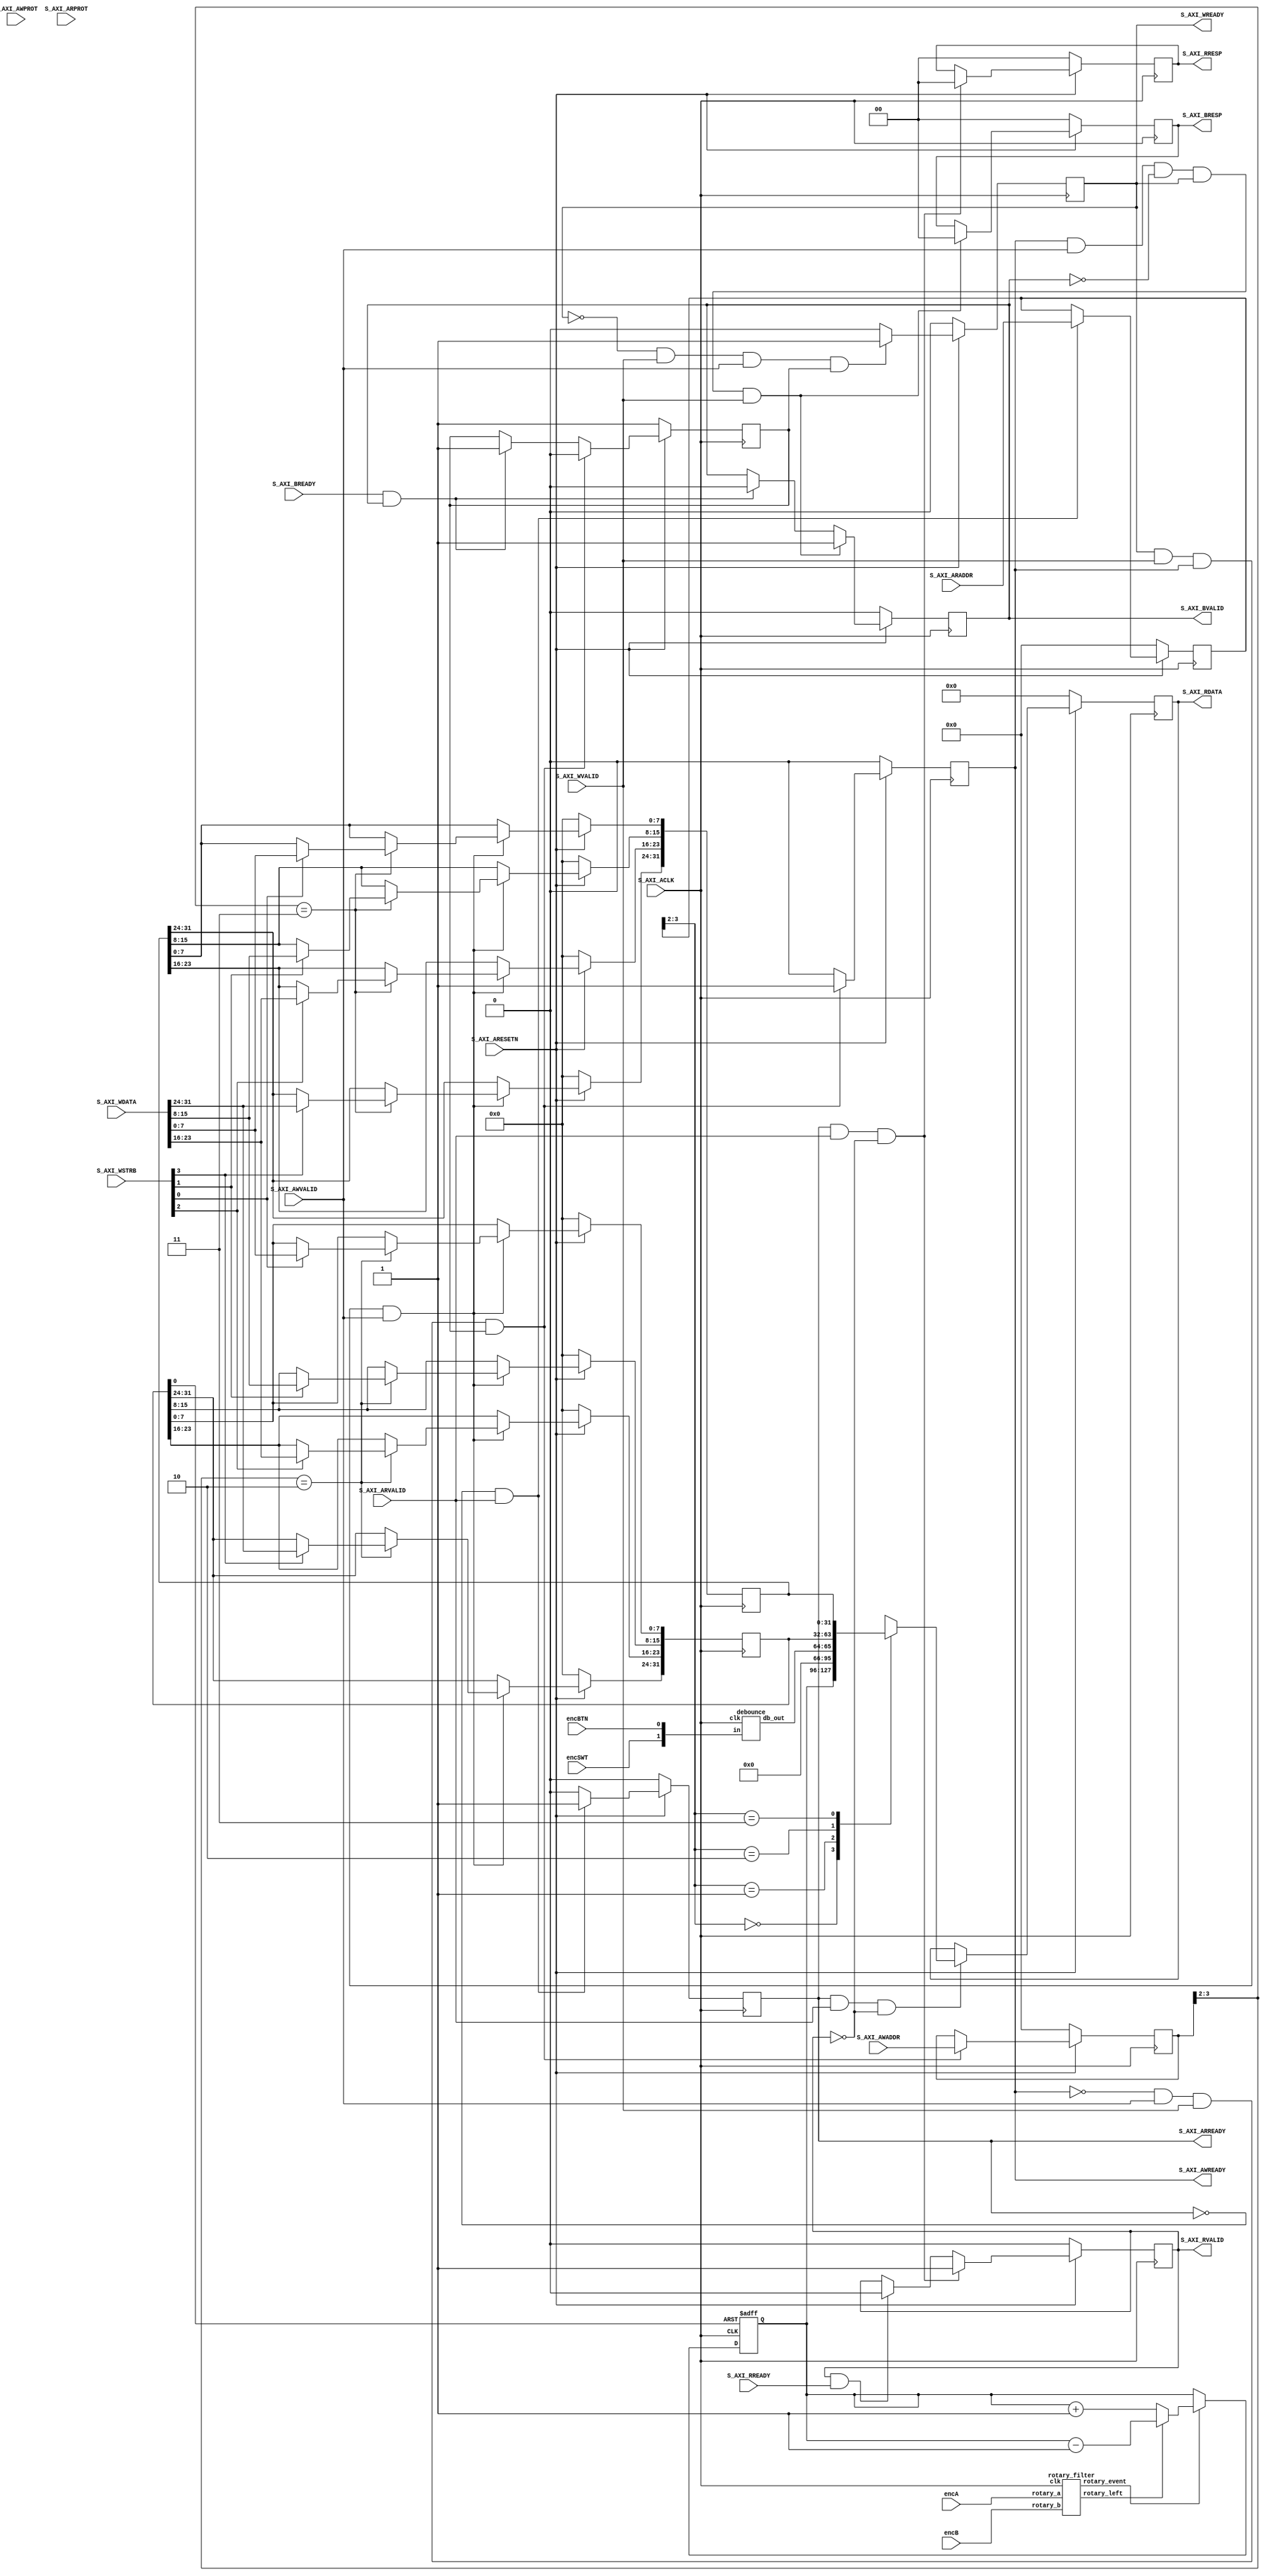

`timescale 1 ns / 1 ps

	module PmodENC544_v1_0_S00_AXI #
	(
		// Users to add parameters here

		// User parameters ends
		// Do not modify the parameters beyond this line

		// Width of S_AXI data bus
		parameter integer C_S_AXI_DATA_WIDTH	= 32,
		// Width of S_AXI address bus
		parameter integer C_S_AXI_ADDR_WIDTH	= 4
	)
	(
		// Users to add ports here
        input wire encA,     // A and B quadrature inputs from PmodENC
        input wire encB,
        input wire encBTN,   // pushbutton input from PmodENC
        input wire encSWT,   // slide switch input from PmodENC
		// User ports ends
		// Do not modify the ports beyond this line

		// Global Clock Signal
		input wire  S_AXI_ACLK,
		// Global Reset Signal. This Signal is Active LOW
		input wire  S_AXI_ARESETN,
		// Write address (issued by master, acceped by Slave)
		input wire [C_S_AXI_ADDR_WIDTH-1 : 0] S_AXI_AWADDR,
		// Write channel Protection type. This signal indicates the
    		// privilege and security level of the transaction, and whether
    		// the transaction is a data access or an instruction access.
		input wire [2 : 0] S_AXI_AWPROT,
		// Write address valid. This signal indicates that the master signaling
    		// valid write address and control information.
		input wire  S_AXI_AWVALID,
		// Write address ready. This signal indicates that the slave is ready
    		// to accept an address and associated control signals.
		output wire  S_AXI_AWREADY,
		// Write data (issued by master, acceped by Slave) 
		input wire [C_S_AXI_DATA_WIDTH-1 : 0] S_AXI_WDATA,
		// Write strobes. This signal indicates which byte lanes hold
    		// valid data. There is one write strobe bit for each eight
    		// bits of the write data bus.    
		input wire [(C_S_AXI_DATA_WIDTH/8)-1 : 0] S_AXI_WSTRB,
		// Write valid. This signal indicates that valid write
    		// data and strobes are available.
		input wire  S_AXI_WVALID,
		// Write ready. This signal indicates that the slave
    		// can accept the write data.
		output wire  S_AXI_WREADY,
		// Write response. This signal indicates the status
    		// of the write transaction.
		output wire [1 : 0] S_AXI_BRESP,
		// Write response valid. This signal indicates that the channel
    		// is signaling a valid write response.
		output wire  S_AXI_BVALID,
		// Response ready. This signal indicates that the master
    		// can accept a write response.
		input wire  S_AXI_BREADY,
		// Read address (issued by master, acceped by Slave)
		input wire [C_S_AXI_ADDR_WIDTH-1 : 0] S_AXI_ARADDR,
		// Protection type. This signal indicates the privilege
    		// and security level of the transaction, and whether the
    		// transaction is a data access or an instruction access.
		input wire [2 : 0] S_AXI_ARPROT,
		// Read address valid. This signal indicates that the channel
    		// is signaling valid read address and control information.
		input wire  S_AXI_ARVALID,
		// Read address ready. This signal indicates that the slave is
    		// ready to accept an address and associated control signals.
		output wire  S_AXI_ARREADY,
		// Read data (issued by slave)
		output wire [C_S_AXI_DATA_WIDTH-1 : 0] S_AXI_RDATA,
		// Read response. This signal indicates the status of the
    		// read transfer.
		output wire [1 : 0] S_AXI_RRESP,
		// Read valid. This signal indicates that the channel is
    		// signaling the required read data.
		output wire  S_AXI_RVALID,
		// Read ready. This signal indicates that the master can
    		// accept the read data and response information.
		input wire  S_AXI_RREADY
	);

	// AXI4LITE signals
	reg [C_S_AXI_ADDR_WIDTH-1 : 0] 	axi_awaddr;
	reg  	axi_awready;
	reg  	axi_wready;
	reg [1 : 0] 	axi_bresp;
	reg  	axi_bvalid;
	reg [C_S_AXI_ADDR_WIDTH-1 : 0] 	axi_araddr;
	reg  	axi_arready;
	reg [C_S_AXI_DATA_WIDTH-1 : 0] 	axi_rdata;
	reg [1 : 0] 	axi_rresp;
	reg  	axi_rvalid;

	// Example-specific design signals
	// local parameter for addressing 32 bit / 64 bit C_S_AXI_DATA_WIDTH
	// ADDR_LSB is used for addressing 32/64 bit registers/memories
	// ADDR_LSB = 2 for 32 bits (n downto 2)
	// ADDR_LSB = 3 for 64 bits (n downto 3)
	localparam integer ADDR_LSB = (C_S_AXI_DATA_WIDTH/32) + 1;
	localparam integer OPT_MEM_ADDR_BITS = 1;
	//----------------------------------------------
	//-- Signals for user logic register space example
	//------------------------------------------------
	//-- Number of Slave Registers 4
	reg [C_S_AXI_DATA_WIDTH-1:0]	slv_reg0;     // rotary count - read-only
	reg [C_S_AXI_DATA_WIDTH-1:0]	slv_reg1;     // button [bit[0]) and slide switch (bit[1])
	reg [C_S_AXI_DATA_WIDTH-1:0]	slv_reg2;     // clear rotary count.  Set bit[0] to clear.  must set back to 0 after reset.
	reg [C_S_AXI_DATA_WIDTH-1:0]	slv_reg3;     // *RESERVED* (spare)
	
	wire	 slv_reg_rden;
	wire	 slv_reg_wren;
	reg [C_S_AXI_DATA_WIDTH-1:0]	 reg_data_out;
	integer	 byte_index;
	reg	 aw_en;

	// I/O Connections assignments

	assign S_AXI_AWREADY	= axi_awready;
	assign S_AXI_WREADY	= axi_wready;
	assign S_AXI_BRESP	= axi_bresp;
	assign S_AXI_BVALID	= axi_bvalid;
	assign S_AXI_ARREADY	= axi_arready;
	assign S_AXI_RDATA	= axi_rdata;
	assign S_AXI_RRESP	= axi_rresp;
	assign S_AXI_RVALID	= axi_rvalid;
	// Implement axi_awready generation
	// axi_awready is asserted for one S_AXI_ACLK clock cycle when both
	// S_AXI_AWVALID and S_AXI_WVALID are asserted. axi_awready is
	// de-asserted when reset is low.

	always @( posedge S_AXI_ACLK )
	begin
	  if ( S_AXI_ARESETN == 1'b0 )
	    begin
	      axi_awready <= 1'b0;
	      aw_en <= 1'b1;
	    end 
	  else
	    begin    
	      if (~axi_awready && S_AXI_AWVALID && S_AXI_WVALID && aw_en)
	        begin
	          // slave is ready to accept write address when 
	          // there is a valid write address and write data
	          // on the write address and data bus. This design 
	          // expects no outstanding transactions. 
	          axi_awready <= 1'b1;
	          aw_en <= 1'b0;
	        end
	        else if (S_AXI_BREADY && axi_bvalid)
	            begin
	              aw_en <= 1'b1;
	              axi_awready <= 1'b0;
	            end
	      else           
	        begin
	          axi_awready <= 1'b0;
	        end
	    end 
	end       

	// Implement axi_awaddr latching
	// This process is used to latch the address when both 
	// S_AXI_AWVALID and S_AXI_WVALID are valid. 

	always @( posedge S_AXI_ACLK )
	begin
	  if ( S_AXI_ARESETN == 1'b0 )
	    begin
	      axi_awaddr <= 0;
	    end 
	  else
	    begin    
	      if (~axi_awready && S_AXI_AWVALID && S_AXI_WVALID && aw_en)
	        begin
	          // Write Address latching 
	          axi_awaddr <= S_AXI_AWADDR;
	        end
	    end 
	end       

	// Implement axi_wready generation
	// axi_wready is asserted for one S_AXI_ACLK clock cycle when both
	// S_AXI_AWVALID and S_AXI_WVALID are asserted. axi_wready is 
	// de-asserted when reset is low. 

	always @( posedge S_AXI_ACLK )
	begin
	  if ( S_AXI_ARESETN == 1'b0 )
	    begin
	      axi_wready <= 1'b0;
	    end 
	  else
	    begin    
	      if (~axi_wready && S_AXI_WVALID && S_AXI_AWVALID && aw_en )
	        begin
	          // slave is ready to accept write data when 
	          // there is a valid write address and write data
	          // on the write address and data bus. This design 
	          // expects no outstanding transactions. 
	          axi_wready <= 1'b1;
	        end
	      else
	        begin
	          axi_wready <= 1'b0;
	        end
	    end 
	end       

	// Implement memory mapped register select and write logic generation
	// The write data is accepted and written to memory mapped registers when
	// axi_awready, S_AXI_WVALID, axi_wready and S_AXI_WVALID are asserted. Write strobes are used to
	// select byte enables of slave registers while writing.
	// These registers are cleared when reset (active low) is applied.
	// Slave register write enable is asserted when valid address and data are available
	// and the slave is ready to accept the write address and write data.
	assign slv_reg_wren = axi_wready && S_AXI_WVALID && axi_awready && S_AXI_AWVALID;

	always @( posedge S_AXI_ACLK )
	begin
	  if ( S_AXI_ARESETN == 1'b0 )
	    begin
	      /* slv_reg0 and slv_reg1 are read-only
	      slv_reg0 <= 0;
	      slv_reg1 <= 0;
	      */
	      
	      slv_reg2 <= 0;
	      slv_reg3 <= 0;
	    end 
	  else begin
	    if (slv_reg_wren)
	      begin
	        case ( axi_awaddr[ADDR_LSB+OPT_MEM_ADDR_BITS:ADDR_LSB] )
	          /* slv_reg0 and slv_reg1 are read-only
	          2'h0:
	            for ( byte_index = 0; byte_index <= (C_S_AXI_DATA_WIDTH/8)-1; byte_index = byte_index+1 )
	              if ( S_AXI_WSTRB[byte_index] == 1 ) begin
	                // Respective byte enables are asserted as per write strobes 
	                // Slave register 0
	                slv_reg0[(byte_index*8) +: 8] <= S_AXI_WDATA[(byte_index*8) +: 8];
	              end  
	          2'h1:
	            for ( byte_index = 0; byte_index <= (C_S_AXI_DATA_WIDTH/8)-1; byte_index = byte_index+1 )
	              if ( S_AXI_WSTRB[byte_index] == 1 ) begin
	                // Respective byte enables are asserted as per write strobes 
	                // Slave register 1
	                slv_reg1[(byte_index*8) +: 8] <= S_AXI_WDATA[(byte_index*8) +: 8];
	              end  
	           */
	           
	          2'h2:
	            for ( byte_index = 0; byte_index <= (C_S_AXI_DATA_WIDTH/8)-1; byte_index = byte_index+1 )
	              if ( S_AXI_WSTRB[byte_index] == 1 ) begin
	                // Respective byte enables are asserted as per write strobes 
	                // Slave register 2
	                slv_reg2[(byte_index*8) +: 8] <= S_AXI_WDATA[(byte_index*8) +: 8];
	              end  
	          2'h3:
	            for ( byte_index = 0; byte_index <= (C_S_AXI_DATA_WIDTH/8)-1; byte_index = byte_index+1 )
	              if ( S_AXI_WSTRB[byte_index] == 1 ) begin
	                // Respective byte enables are asserted as per write strobes 
	                // Slave register 3
	                slv_reg3[(byte_index*8) +: 8] <= S_AXI_WDATA[(byte_index*8) +: 8];
	              end  
	          default : begin
	                      /* slv_reg0 and slv_reg1 are read-only
	                      slv_reg0 <= slv_reg0;
	                      slv_reg1 <= slv_reg1;
	                      */
	                      
	                      slv_reg2 <= slv_reg2;
	                      slv_reg3 <= slv_reg3;
	                    end
	        endcase
	      end
	  end
	end    

	// Implement write response logic generation
	// The write response and response valid signals are asserted by the slave 
	// when axi_wready, S_AXI_WVALID, axi_wready and S_AXI_WVALID are asserted.  
	// This marks the acceptance of address and indicates the status of 
	// write transaction.

	always @( posedge S_AXI_ACLK )
	begin
	  if ( S_AXI_ARESETN == 1'b0 )
	    begin
	      axi_bvalid  <= 0;
	      axi_bresp   <= 2'b0;
	    end 
	  else
	    begin    
	      if (axi_awready && S_AXI_AWVALID && ~axi_bvalid && axi_wready && S_AXI_WVALID)
	        begin
	          // indicates a valid write response is available
	          axi_bvalid <= 1'b1;
	          axi_bresp  <= 2'b0; // 'OKAY' response 
	        end                   // work error responses in future
	      else
	        begin
	          if (S_AXI_BREADY && axi_bvalid) 
	            //check if bready is asserted while bvalid is high) 
	            //(there is a possibility that bready is always asserted high)   
	            begin
	              axi_bvalid <= 1'b0; 
	            end  
	        end
	    end
	end   

	// Implement axi_arready generation
	// axi_arready is asserted for one S_AXI_ACLK clock cycle when
	// S_AXI_ARVALID is asserted. axi_awready is 
	// de-asserted when reset (active low) is asserted. 
	// The read address is also latched when S_AXI_ARVALID is 
	// asserted. axi_araddr is reset to zero on reset assertion.

	always @( posedge S_AXI_ACLK )
	begin
	  if ( S_AXI_ARESETN == 1'b0 )
	    begin
	      axi_arready <= 1'b0;
	      axi_araddr  <= 32'b0;
	    end 
	  else
	    begin    
	      if (~axi_arready && S_AXI_ARVALID)
	        begin
	          // indicates that the slave has acceped the valid read address
	          axi_arready <= 1'b1;
	          // Read address latching
	          axi_araddr  <= S_AXI_ARADDR;
	        end
	      else
	        begin
	          axi_arready <= 1'b0;
	        end
	    end 
	end       

	// Implement axi_arvalid generation
	// axi_rvalid is asserted for one S_AXI_ACLK clock cycle when both 
	// S_AXI_ARVALID and axi_arready are asserted. The slave registers 
	// data are available on the axi_rdata bus at this instance. The 
	// assertion of axi_rvalid marks the validity of read data on the 
	// bus and axi_rresp indicates the status of read transaction.axi_rvalid 
	// is deasserted on reset (active low). axi_rresp and axi_rdata are 
	// cleared to zero on reset (active low).  
	always @( posedge S_AXI_ACLK )
	begin
	  if ( S_AXI_ARESETN == 1'b0 )
	    begin
	      axi_rvalid <= 0;
	      axi_rresp  <= 0;
	    end 
	  else
	    begin    
	      if (axi_arready && S_AXI_ARVALID && ~axi_rvalid)
	        begin
	          // Valid read data is available at the read data bus
	          axi_rvalid <= 1'b1;
	          axi_rresp  <= 2'b0; // 'OKAY' response
	        end   
	      else if (axi_rvalid && S_AXI_RREADY)
	        begin
	          // Read data is accepted by the master
	          axi_rvalid <= 1'b0;
	        end                
	    end
	end    

	// Implement memory mapped register select and read logic generation
	// Slave register read enable is asserted when valid address is available
	// and the slave is ready to accept the read address.
	assign slv_reg_rden = axi_arready & S_AXI_ARVALID & ~axi_rvalid;
	always @(*)
	begin
	      // Address decoding for reading registers
	      case ( axi_araddr[ADDR_LSB+OPT_MEM_ADDR_BITS:ADDR_LSB] )
	        2'h0   : reg_data_out <= slv_reg0;
	        2'h1   : reg_data_out <= slv_reg1;
	        2'h2   : reg_data_out <= slv_reg2;
	        2'h3   : reg_data_out <= slv_reg3;
	        default : reg_data_out <= 0;
	      endcase
	end

	// Output register or memory read data
	always @( posedge S_AXI_ACLK )
	begin
	  if ( S_AXI_ARESETN == 1'b0 )
	    begin
	      axi_rdata  <= 0;
	    end 
	  else
	    begin    
	      // When there is a valid read address (S_AXI_ARVALID) with 
	      // acceptance of read address by the slave (axi_arready), 
	      // output the read dada 
	      if (slv_reg_rden)
	        begin
	          axi_rdata <= reg_data_out;     // register read data
	        end   
	    end
	end    

	// Add user logic here
	// internal signals
	reg [31:0] rotary_count;           // rotary encoder count.  Will increment/decrement depending on which direction the rotary encoder shaft if turned.
	wire db_encBTN, db_encSWT;          // debounce encoder button and switch
	wire rotary_event, rotary_left;    // rotary_event toggled every time toe rotary encoder shaft is turned, rotary_left gives the direction of rotation
	wire clr_rotary_cnt;               // clear rotary count signal
	
	// instantiate the quadrature decoder for the rotary encoder shaft
	rotary_filter ROTFILTER (
        .rotary_a(encA),
        .rotary_b(encB),	
        .rotary_event(rotary_event),
        .rotary_left(rotary_left),	
        .clk(S_AXI_ACLK)
    );
    
    // debounce logic for encBTN (button) and encSWT (slide switch)
    debounce DEBOUNCER (
	   .clk(S_AXI_ACLK),
	   .in({encSWT, encBTN}),
       .db_out({db_encSWT, db_encBTN})
    );
    
    // implement the rotary count register
    always @(posedge S_AXI_ACLK or posedge clr_rotary_cnt) begin
        if (clr_rotary_cnt)
            rotary_count <= 32'd0;
        else if (rotary_event)
            if (rotary_left)
                rotary_count <= rotary_count - 1;
            else
                rotary_count <= rotary_count + 1;
        else
            rotary_count <= rotary_count;
     end
     
    // map the slave register
    always @* begin
        slv_reg0 = rotary_count;
        slv_reg1 = {30'b000000000000000000000000000000, db_encSWT, db_encBTN};
    end
    
    // implement the clr_rotary_count signal from bit[0] of slv_reg2.  1 to clear
    assign clr_rotary_cnt = slv_reg2[0];
	// User logic ends

	endmodule
	
	
	// rotary_filter.v - Interface to the Rotary Encoder on the PmodENC
//
// Copyright Roy Kravitz, Portland State University 2014, 2015
// Converted from Ken Chapman's VHDL code
//
// Version:		1.0
//
// Revision History:
// -----------------
//	15-Mar-2014		RK		Created this module from the one I've used for years in ECE 540 and 544
//	
// Description:
// ------------
// This module encodes the A and B quadrature input from the rotary encoder to two signals
// The "rotary_event" output  is pulsed when the rotary encoder knob is turned in either
// direction.  The "rotary_left" output indicates which direction the knob was turned.  A 1 on
// "rotary_left" indicates the knob was turned to the left, a 0 indicates the knob was turned
// to the right
//
// NOTE:  This module assumes that the input clock is running much faster than the knob can
// be turned.
//
//////////////////////////////////////////////////////////////////////////////////////
module rotary_filter (
	input			rotary_a,			// A input from S3E Rotary Encoder
					rotary_b,			// B input from S3E Rotary Encoder
	
	output reg		rotary_event,		// Asserted high when rotary encoder changes position
					rotary_left,		// Asserted high when rotary direction is to the left
				
	input			clk					// input clock
);

	// declare internal variables
	reg				rotary_a_int,		// synchronization flip flops
					rotary_b_int;
				
	reg				rotary_q1,			// state flip-flops 
					rotary_q2,
					delay_rotary_q1;
										
	// The rotary switch contacts are filtered using their offset (one-hot) style to  
	// clean them. Circuit concept by Peter Alfke.
	always @(posedge clk) begin
		// Synchronize inputs to clock domain using flip-flops in input/output blocks.
		rotary_a_int <= rotary_a;
		rotary_b_int <= rotary_b;
		
		case ({rotary_b_int, rotary_a_int})
			2'b00: 	begin
						rotary_q1 <= 0;         
						rotary_q2 <= rotary_q2;
				   	end
			2'b01: 	begin
						rotary_q1 <= rotary_q1;         
						rotary_q2 <= 0;
				   	end
 			2'b10: 	begin
						rotary_q1 <= rotary_q1;         
						rotary_q2 <= 1;
				   	end
 			2'b11: 	begin
						rotary_q1 <= 1;         
						rotary_q2 <= rotary_q2;
				   	end
		endcase
	end //always
	
	// The rising edges of 'rotary_q1' indicate that a rotation has occurred and the 
	// state of 'rotary_q2' at that time will indicate the direction. 
	always @(posedge clk) begin
		// catch the first edge
	    delay_rotary_q1 <= rotary_q1;
      	if (rotary_q1 && ~delay_rotary_q1) begin
			// rotary position has changed
        	rotary_event <= 1;
       		rotary_left <= rotary_q2;
       	end
       	else begin
		// rotary position has not changed
        	rotary_event <= 0;
        	rotary_left <= rotary_left;
      	end
     end //always

endmodule


// debounce - debounces a quadrature encoder
//
//
// Revision History:
// -----------------
// Apr-2020     OR      Slimmed down Roy's debounce module for a single quadrature encoder
// Apr-2021     RK      Minor modifications for PmodENC544 IP block
//
// Description:
// ------------
// This circuit filters out mechanical bounce. It works by taking
// several time samples of the pushbutton and changing its output
// only after several sequential samples are the same value. It is
// taylored specifically for a single quadrature encoder
// 
///////////////////////////////////////////////////////////////////////////
module debounce
#(
	// parameters
	parameter integer	CLK_FREQUENCY_HZ		= 100000000, 
	
	// this calue determines how fast encoder ticks can be registered
	parameter integer	DEBOUNCE_FREQUENCY_HZ	= 5000, 
	parameter integer 	CNTR_WIDTH 				= 32
)
(
	// ports
	input				clk,		    // clock	
	input 		[1:0]	in,		        // pushbutton inputs - including CPU RESET button

	output reg	[1:0]	db_out  = 2'b00 	// debounced outputs of pushbuttons	
);

	// debounce clock divider 
	reg			[CNTR_WIDTH-1:0]	db_count = 0;
	wire		[CNTR_WIDTH-1:0]	top_cnt = ((CLK_FREQUENCY_HZ / DEBOUNCE_FREQUENCY_HZ) - 1);

	//shift registers used to debounce inputs
	reg [3:0]	in0 = 4'h0, 		in1 = 4'h0;
	
	// debounce clock
	always @(posedge clk)
	begin 
		if (db_count == top_cnt)
			db_count <= 1'b0;	
		else
			db_count <= db_count + 1'b1;
	end	// debounce clock
	
	always @(posedge clk) 
	begin
		if (db_count == top_cnt) begin	
			//shift registers for inputs
			in0	<= (in0 << 1) | in[0];		
			in1	<= (in1 << 1) | in[1];		
		end
		
		//debounced outputs
		case(in0) 4'b0000: db_out[0] <= 0; 4'b1111: db_out[0] <= 1; endcase
        case(in1) 4'b0000: db_out[1] <= 0; 4'b1111: db_out[1] <= 1; endcase
	end
	
endmodule